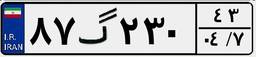
۸۷گ۲۳۰۴۳